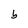
Character: b